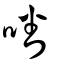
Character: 噃